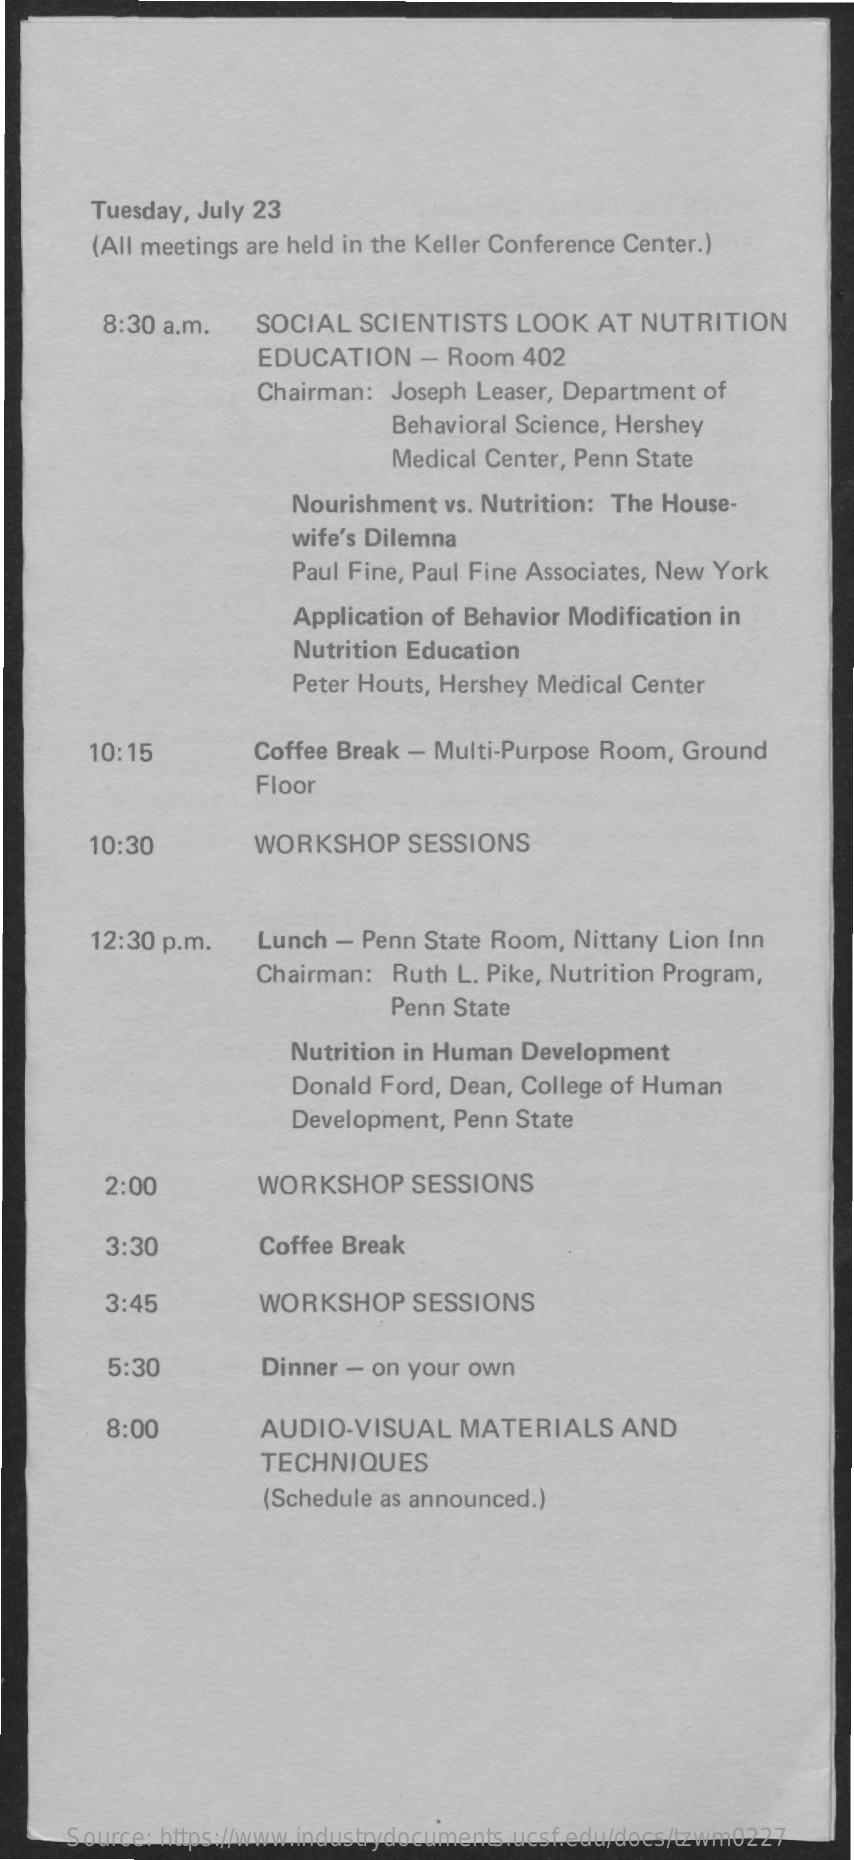
Tuesday, July 23
     (All meetings are held in the Keller Conference Center.)
     8:30 a.m.   SOCIAL  SCIENTISTS   LOOK   AT NUTRITION
     EDUCATION    - Room  402
     Chairman:  Joseph Leaser, Department of
     Behavioral Science, Hershey
     Medical Center, Penn State
     Nourishment  vs. Nutrition: The House-
     wife's Dilemna
     Paul Fine, Paul Fine Associates, New York
     Application of Behavior Modification in
     Nutrition Education
     Peter Houts, Hershey Medical Center
     10:15    Coffee Break - Multi-Purpose Room, Ground
     Floor
     10:30    WORKSHOP    SESSIONS
     12:30 p.m.   Lunch  - Penn State Room, Nittany Lion Inn
     Chairman:  Ruth L. Pike, Nutrition Program,
     Penn State
     Nutrition in Human Development
     Donald Ford, Dean, College of Human
     Development, Penn State
     2:00    WORKSHOP    SESSIONS
     3:30    Coffee Break
     3:45    WORKSHOP    SESSIONS
     5:30    Dinner - on your own
     8:00    AUDIO-VISUAL    MATERIALS    AND
     TECHNIQUES
     (Schedule as announced.)
     Source: https://www.industrydocuments.ucsf.edu/docs/tzwm0227